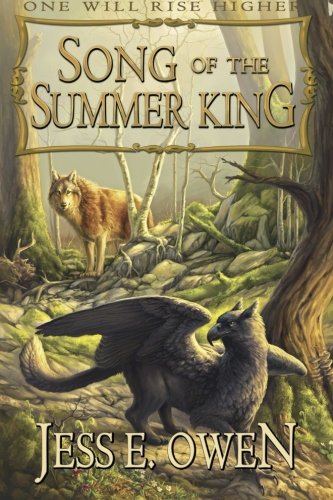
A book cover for Song of the Summer King (The Summer King Chronicles) (Volume 1); Jess E. Owen; Science Fiction & Fantasy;